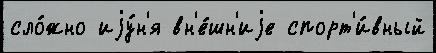
сло́жно иjу́н'я вн'е́шн'иjе спорт'и́вный